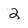
Character: 2